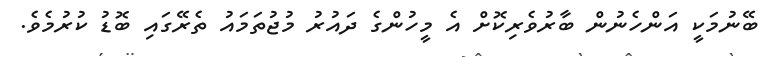
ބޭނުމަކީ އަންހެނުން ބާރުވެރިކޮށް އެ މީހުންގެ ދައުރު މުޖުތަމައު ތެރޭގައި ބޮޑު ކުރުމެވެ.